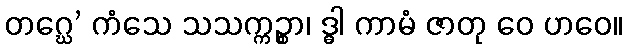
တဂ္ဃေ’ ကံသေ သသက္ကဉ္စာ၊ ဒ္ဓါ ကာမံ ဇာတု ဝေ ဟဝေ။